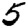
Digit: 5